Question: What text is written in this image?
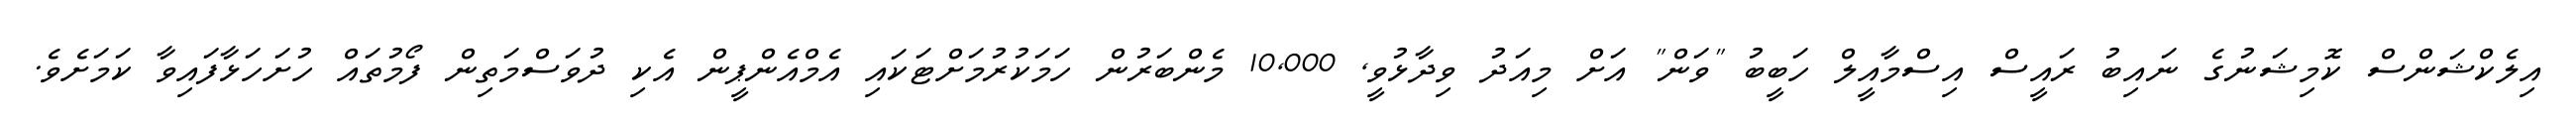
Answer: އިލެކްޝަންސް ކޮމިޝަނުގެ ނައިބު ރައީސް އިސްމާއީލް ހަބީބު "ވަން" އަށް މިއަދު ވިދާޅުވީ, 10,000 މެންބަރުން ހަމަކުރުމަށްޓަކައި އެމްއެންޕީން އެކި ދުވަސްމަތިން ފޯމުތައް ހުށަހަޅާފައިވާ ކަމަށެވެ.